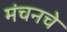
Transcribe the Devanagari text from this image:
मंचनचे